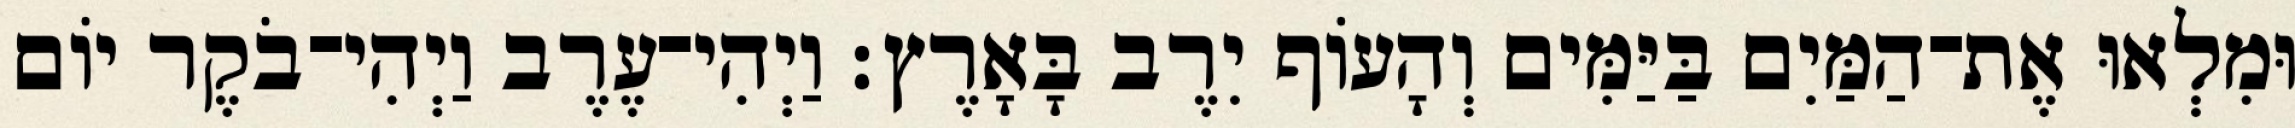
וּמִלְאוּ אֶת־הַמַּיִם בַּיַּמִּים וְהָעֹוף יִרֶב בָּאָרֶץ׃ וַיְהִי־עֶרֶב וַיְהִי־בֹקֶר יֹום